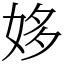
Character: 姼